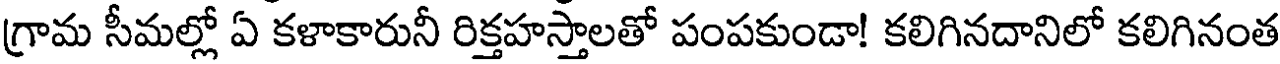
గ్రామ సీమల్లో ఏ కళాకారునీ రిక్తహస్తాలతో పంపకుండా! కలిగినదానిలో కలిగినంత